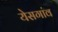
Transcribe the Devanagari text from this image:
येसगांव